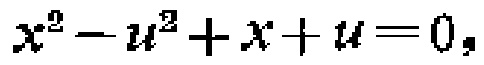
$x^{2}-u^{2}+x + u = 0,$